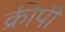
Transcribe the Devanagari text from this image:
क्रीपी